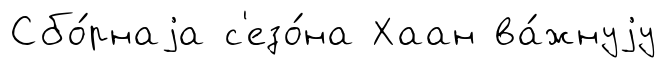
Сбо́рнаjа с'езо́на Хаан ва́жнуjу